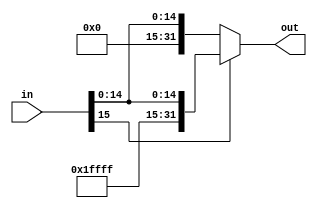
/***************************************************
 * Modulo: signEx16
 * Projeto: mips32
 * Descrio: Extende o sinal de um numero de 16 para
 * 32 bits.
 ***************************************************/
module signEx16(in, out);
	input[15:0] in;
	output[31:0] out;
			
	assign out = (in[15]==1'b1) ? {16'b1111111111111111, in} : {16'b0000000000000000, in};
endmodule